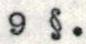
9 §.